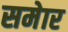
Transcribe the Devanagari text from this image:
समेार